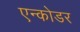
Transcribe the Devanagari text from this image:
एन्कोडर